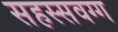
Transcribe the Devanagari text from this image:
सहस्सवग्ग